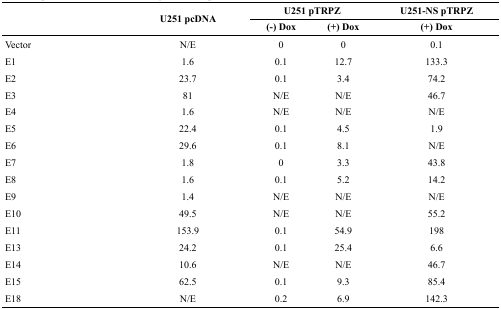
<table><thead><tr><td rowspan="2"></td><td rowspan="2"><b>U251 pcDNA</b></td><td colspan="2"><b>U251 pTRPZ</b></td><td><b>U251-NS pTRPZ</b></td></tr><tr><td><b>(−) Dox</b></td><td><b>(+) Dox</b></td><td><b>(+) Dox</b></td></tr></thead><tbody><tr><td>Vector</td><td>N/E</td><td>0</td><td>0</td><td>0.1</td></tr><tr><td>E1</td><td>1.6</td><td>0.1</td><td>12.7</td><td>133.3</td></tr><tr><td>E2</td><td>23.7</td><td>0.1</td><td>3.4</td><td>74.2</td></tr><tr><td>E3</td><td>81</td><td>N/E</td><td>N/E</td><td>46.7</td></tr><tr><td>E4</td><td>1.6</td><td>N/E</td><td>N/E</td><td>N/E</td></tr><tr><td>E5</td><td>22.4</td><td>0.1</td><td>4.5</td><td>1.9</td></tr><tr><td>E6</td><td>29.6</td><td>0.1</td><td>8.1</td><td>N/E</td></tr><tr><td>E7</td><td>1.8</td><td>0</td><td>3.3</td><td>43.8</td></tr><tr><td>E8</td><td>1.6</td><td>0.1</td><td>5.2</td><td>14.2</td></tr><tr><td>E9</td><td>1.4</td><td>N/E</td><td>N/E</td><td>N/E</td></tr><tr><td>E10</td><td>49.5</td><td>N/E</td><td>N/E</td><td>55.2</td></tr><tr><td>E11</td><td>153.9</td><td>0.1</td><td>54.9</td><td>198</td></tr><tr><td>E13</td><td>24.2</td><td>0.1</td><td>25.4</td><td>6.6</td></tr><tr><td>E14</td><td>10.6</td><td>N/E</td><td>N/E</td><td>46.7</td></tr><tr><td>E15</td><td>62.5</td><td>0.1</td><td>9.3</td><td>85.4</td></tr><tr><td>E18</td><td>N/E</td><td>0.2</td><td>6.9</td><td>142.3</td></tr></tbody></table>